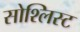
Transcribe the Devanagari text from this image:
सोश्लिस्ट